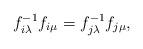
LaTeX: \begin{align*}f_{i\lambda}^{-1}f_{i\mu} = f_{j\lambda}^{-1}f_{j\mu}, \end{align*}